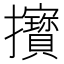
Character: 𢺔